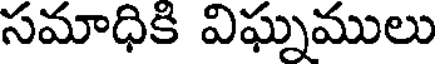
సమాధికి విఘ్నములు